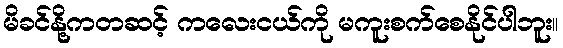
မိခင်နို့ကတဆင့် ကလေးငယ်ကို မကူးစက်စေနိုင်ပါဘူး။